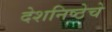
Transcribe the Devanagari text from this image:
देशनिष्ठेचे